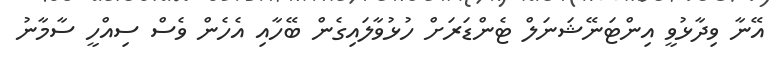
އޭނާ ވިދާޅުވީ އިންޓަނޭޝަނަލް ޓެންޑަރަށް ހުޅުވާލައިގެން ބޭހާއި އެހެން ވެސް ސިއްހީ ސާމާނު